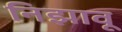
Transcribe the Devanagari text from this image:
निझावू